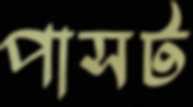
পাসট